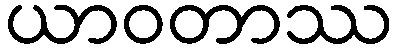
ယာဝတာဿ